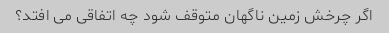
اگر چرخش زمین ناگهان متوقف شود چه اتفاقی می افتد؟